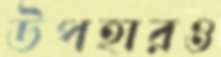
উপহারও